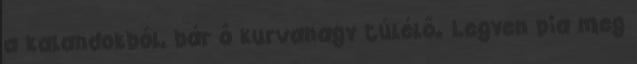
a kalandokból, bár ő kurvanagy túlélő. Legyen pia meg